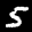
Label: 5